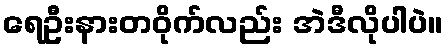
ရေဦးနားတဝိုက်လည်း အဲဒီလိုပါပဲ။